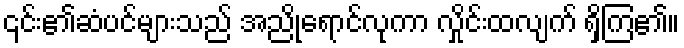
၎င်း၏ဆံပင်များသည် အညိုရောင်လုကာ လှိုင်းထလျက် ရှိကြ၏။